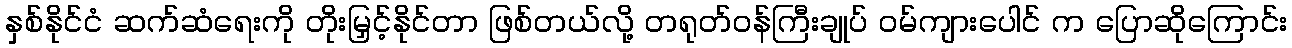
နှစ်နိုင်ငံ ဆက်ဆံရေးကို တိုးမြှင့်နိုင်တာ ဖြစ်တယ်လို့ တရုတ်ဝန်ကြီးချုပ် ဝမ်ကျားပေါင် က ပြောဆိုကြောင်း